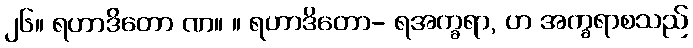
၂၆။ ရဟာဒိတော ဏ။ ။ ရဟာဒိတော- ရအက္ခရာ, ဟ အက္ခရာစသည်